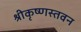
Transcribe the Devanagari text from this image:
श्रीकृष्णस्तवन